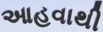
આહવાથી